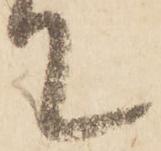
て